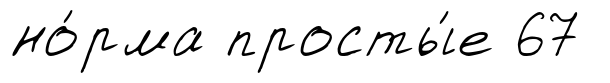
но́рма просты́е 67